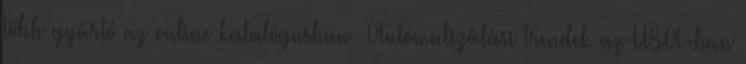
több gyártó az online katalógusban» Automatizálási trendek az USA-ban